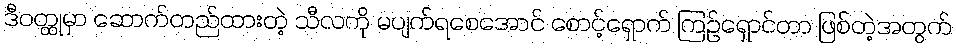
ဒီဝတ္ထုမှာ ဆောက်တည်ထားတဲ့ သီလကို မပျက်ရစေအောင် စောင့်ရှောက် ကြဉ်ရှောင်တာ ဖြစ်တဲ့အတွက်